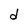
Character: d